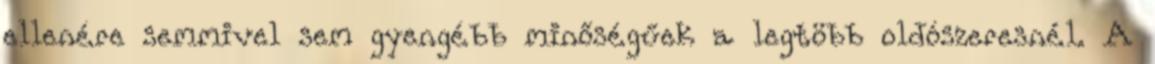
ellenére semmivel sem gyengébb minőségűek a legtöbb oldószeresnél. A